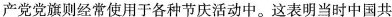
产党党旗则经常使用于各种节庆活动中。这表明当时中国共